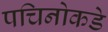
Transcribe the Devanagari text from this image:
पचिनोकडे